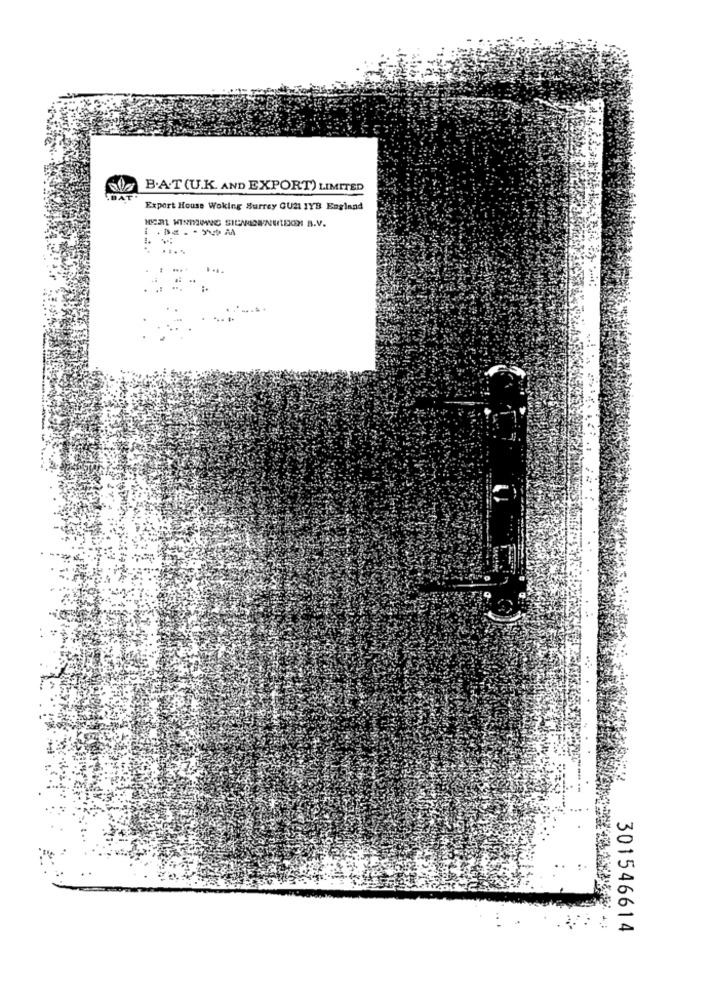
B.A.T (U.K. AND EXPORT) LIMITED
DATI
Export House Woking Surrey GU21 IYB England
301546614